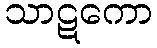
သာဋကော